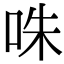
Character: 咮